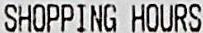
SHOPPING HOURS